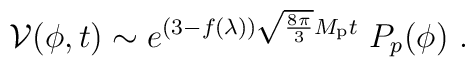
{\cal V}(\phi,t) \sim e^{(3-f(\lambda))\sqrt{8\pi\over 3}M_{\rm p} t}\ P_p(\phi)\ .